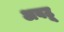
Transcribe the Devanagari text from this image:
अवटू